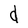
Character: d